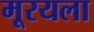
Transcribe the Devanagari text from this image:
मूरयला